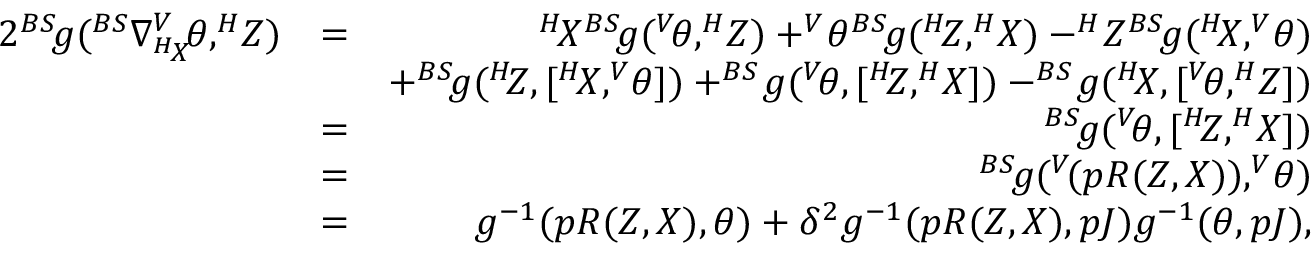
\begin{array} { r l r } { 2 ^ { B S } \! g ( ^ { B S } \nabla _ { ^ { H } \! X } ^ { V } \! \theta , ^ { H } \! Z ) } & { = } & { ^ { H } \! X ^ { B S } \! g ( ^ { V } \! \theta , ^ { H } \! Z ) + ^ { V } \! \theta ^ { B S } \! g ( ^ { H } \! Z , ^ { H } \! X ) - ^ { H } \! Z ^ { B S } \! g ( ^ { H } \! X , ^ { V } \! \theta ) } \\ & { } & { + ^ { B S } \! g ( ^ { H } \! Z , [ ^ { H } \! X , ^ { V } \! \theta ] ) + ^ { B S } \! g ( ^ { V } \! \theta , [ ^ { H } \! Z , ^ { H } \! X ] ) - ^ { B S } \! g ( ^ { H } \! X , [ ^ { V } \! \theta , ^ { H } \! Z ] ) } \\ & { = } & { ^ { B S } \! g ( ^ { V } \! \theta , [ ^ { H } \! Z , ^ { H } \! X ] ) } \\ & { = } & { ^ { B S } \! g ( ^ { V } \! ( p R ( Z , X ) ) , ^ { V } \! \theta ) } \\ & { = } & { g ^ { - 1 } ( p R ( Z , X ) , \theta ) + \delta ^ { 2 } g ^ { - 1 } ( p R ( Z , X ) , p J ) g ^ { - 1 } ( \theta , p J ) , } \end{array}